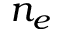
n _ { e }